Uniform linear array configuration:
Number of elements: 8
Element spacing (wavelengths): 1
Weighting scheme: kaiser
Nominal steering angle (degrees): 60
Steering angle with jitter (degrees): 61.642
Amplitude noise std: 0.05
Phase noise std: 0.05

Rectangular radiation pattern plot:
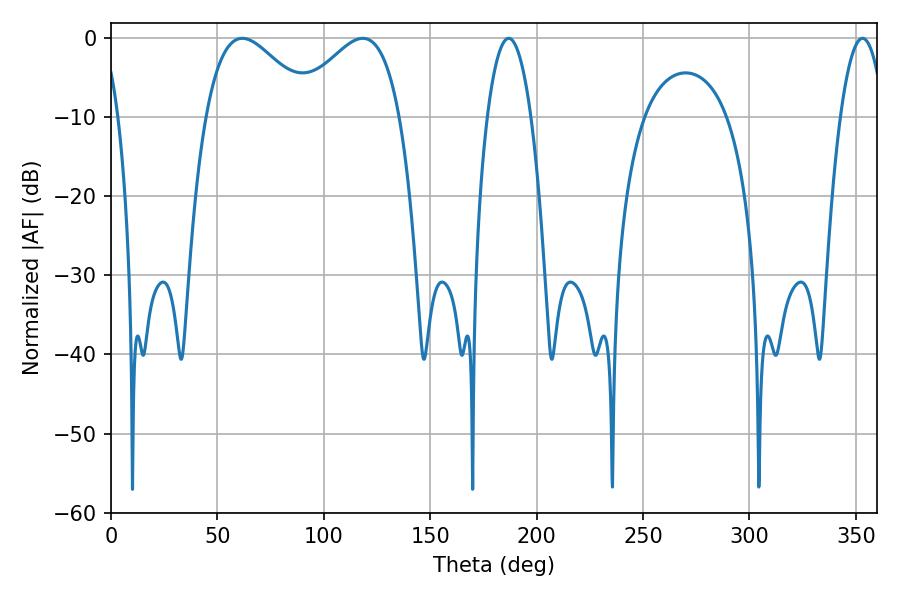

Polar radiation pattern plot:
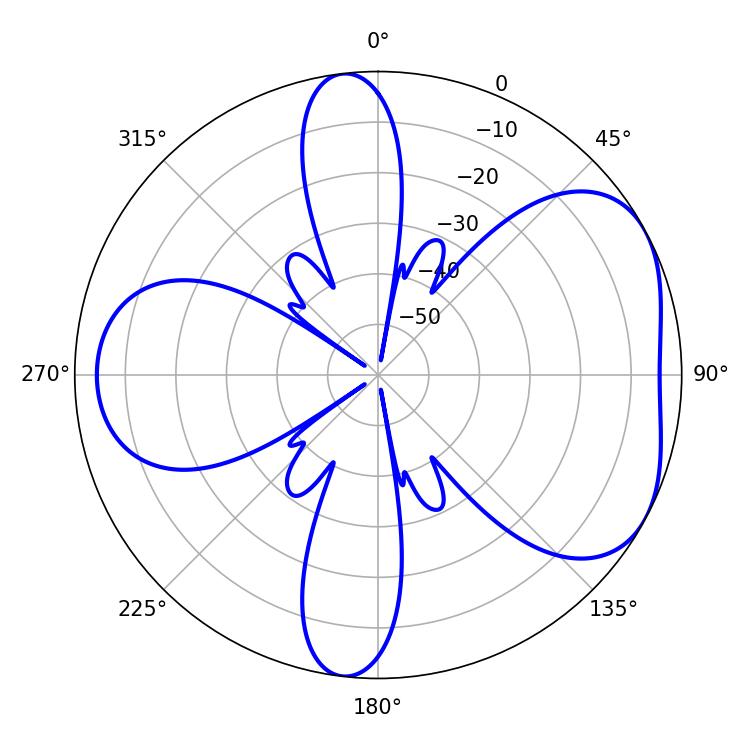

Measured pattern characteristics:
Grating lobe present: TRUE
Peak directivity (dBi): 4.864
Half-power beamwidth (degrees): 27.18
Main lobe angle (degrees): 61.74